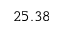
2 5 . 3 8